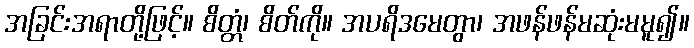
အခြင်းအရာတို့ဖြင့်။ စိတ္တံ၊ စိတ်ကို။ အပရိဒမေတွာ၊ အဖန်ဖန်မဆုံးမမူ၍။